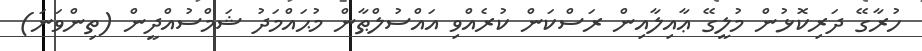
ހުރާގޭ ދަރިކޮޅުން މުލީގޭ ޢާއިލާއިން ރަސްކަން ކުރެއްވި އައްސުލްޠާން މުޙައްމަދު ޝަމްސުއްދީން (ތިންވަނަ)